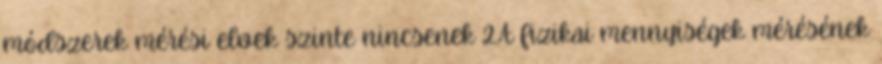
módszerek mérési elvek szinte nincsenek 2.A fizikai mennyiségek mérésének